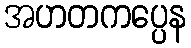
အဟတကပ္ပေန